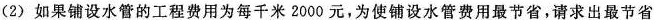
(2)如果铺设水管的工程费用为每千米2000元，为使铺设水管费用最节省，请求出最节省